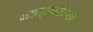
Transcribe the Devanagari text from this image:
मराठ्यांबरोबरच